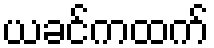
ယခင်ကထက်